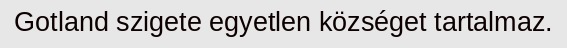
Gotland szigete egyetlen községet tartalmaz.